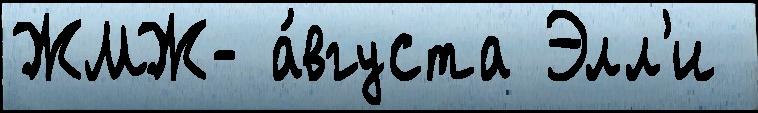
ЖМЖ- а́вгуста Элл'и